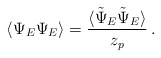
\begin{align*}\langle \Psi_E \Psi_E \rangle= \frac{\langle \tilde \Psi_E \tilde \Psi_E \rangle}{z_p} \,. \end{align*}